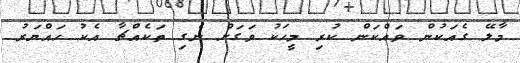
މާލޭ ގެއަކުން ވައްކަން ކުރި މީހަކު ވަގަށް ނެގި ތަކެއްޗާ އެކު ހައްޔަރު